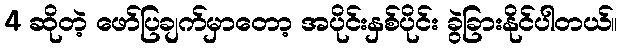
4 ဆိုတဲ့ ဖော်ပြချက်မှာတော့ အပိုင်းနှစ်ပိုင်း ခွဲခြားနိုင်ပါတယ်။